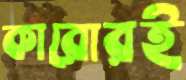
কারোরই